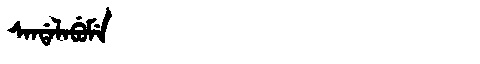
Manchu: ᠰᠠᠨᡩᠠᠯᠠᠪᡠᠮᡝ
Romanization: SANDALABUME